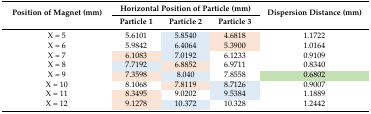
<table><thead><tr><td rowspan="2"><b>Position of Magnet (mm)</b></td><td colspan="3"><b>Horizontal Position of Particle (mm)</b></td><td rowspan="2"><b>Dispersion Distance (mm)</b></td></tr><tr><td><b>Particle 1</b></td><td><b>Particle 2</b></td><td><b>Particle 3</b></td></tr></thead><tbody><tr><td>X = 5</td><td>5.6101</td><td>5.8540</td><td>4.6818</td><td>1.1722</td></tr><tr><td>X = 6</td><td>5.9842</td><td>6.4064</td><td>5.3900</td><td>1.0164</td></tr><tr><td>X = 7</td><td>6.1083</td><td>7.0192</td><td>6.1233</td><td>0.9109</td></tr><tr><td>X = 8</td><td>7.7192</td><td>6.8852</td><td>6.9711</td><td>0.8340</td></tr><tr><td>X = 9</td><td>7.3598</td><td>8.040</td><td>7.8558</td><td>0.6802</td></tr><tr><td>X = 10</td><td>8.1068</td><td>7.8119</td><td>8.7126</td><td>0.9007</td></tr><tr><td>X = 11</td><td>8.3495</td><td>9.0202</td><td>9.5384</td><td>1.1889</td></tr><tr><td>X = 12</td><td>9.1278</td><td>10.372</td><td>10.328</td><td>1.2442</td></tr></tbody></table>